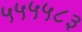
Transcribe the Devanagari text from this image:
५५५५८३